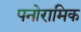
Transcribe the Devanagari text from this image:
पनोरामिक